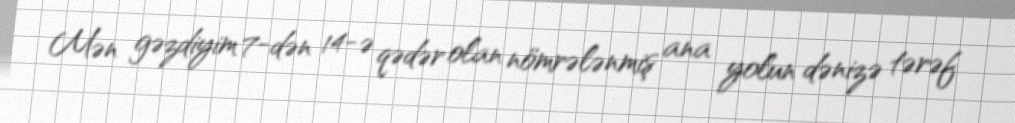
Mən gəzdiyim 7-dən 14-ə qədər olan nömrələnmiş ana yolun dənizə tərəf